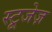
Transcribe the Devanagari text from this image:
स्टूजेज़